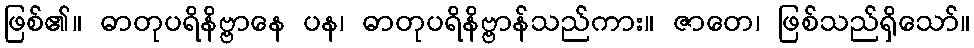
ဖြစ်၏။ ဓာတုပရိနိဗ္ဗာနေ ပန၊ ဓာတုပရိနိဗ္ဗာန်သည်ကား။ ဇာတေ၊ ဖြစ်သည်ရှိသော်။